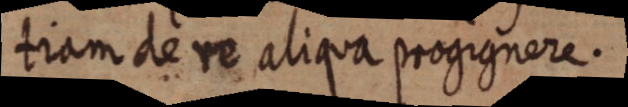
tiam de re aliqua progignore.